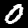
Digit: 0